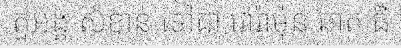
តួអង្គ សំខាន់ ទៅជា វោរ៉ាម៉ុន ឆាត ធឺ